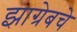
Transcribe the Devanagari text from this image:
झाग्रेबचे